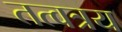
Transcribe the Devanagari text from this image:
तत्वत्रय